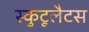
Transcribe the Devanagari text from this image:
स्कुटूलैटस